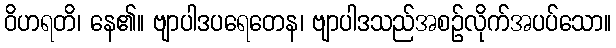
ဝိဟရတိ၊ နေ၏။ ဗျာပါဒပရေတေန၊ ဗျာပါဒသည်အစဉ်လိုက်အပပ်သော။